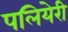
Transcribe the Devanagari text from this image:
पलियेरी